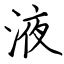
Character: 液